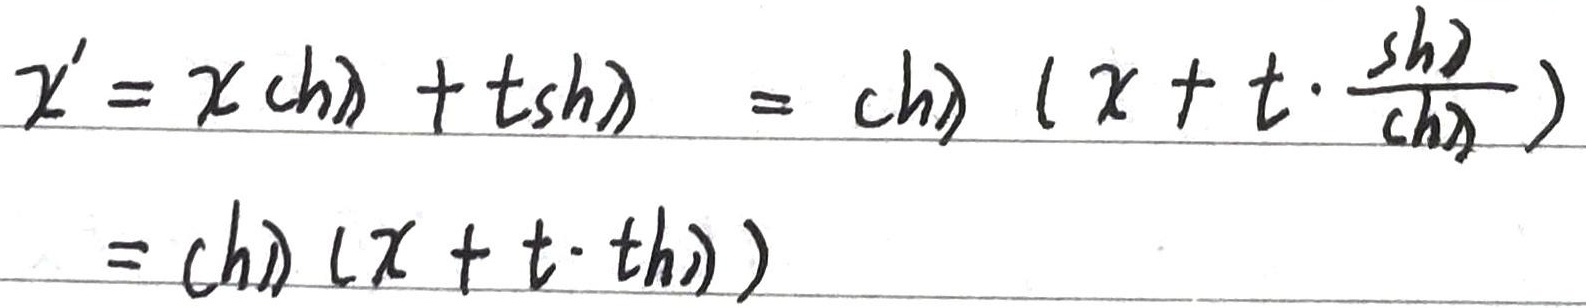
\[\begin{align*}
x'&=x\mathrm{ch}\lambda+t\mathrm{sh}\lambda\\
&=\mathrm{ch}\lambda\left(x + t\cdot\frac{\mathrm{sh}\lambda}{\mathrm{ch}\lambda}\right)\\
&=\mathrm{ch}\lambda(x + t\cdot\mathrm{th}\lambda)
\end{align*}\]